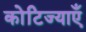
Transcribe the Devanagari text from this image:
कोटिज्याएँ